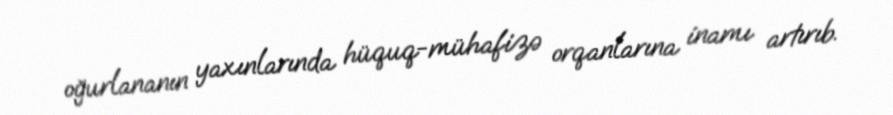
oğurlananın yaxınlarında hüquq-mühafizə orqanlarına inamı artırıb.